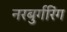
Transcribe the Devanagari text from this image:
नरबुर्गरिंग